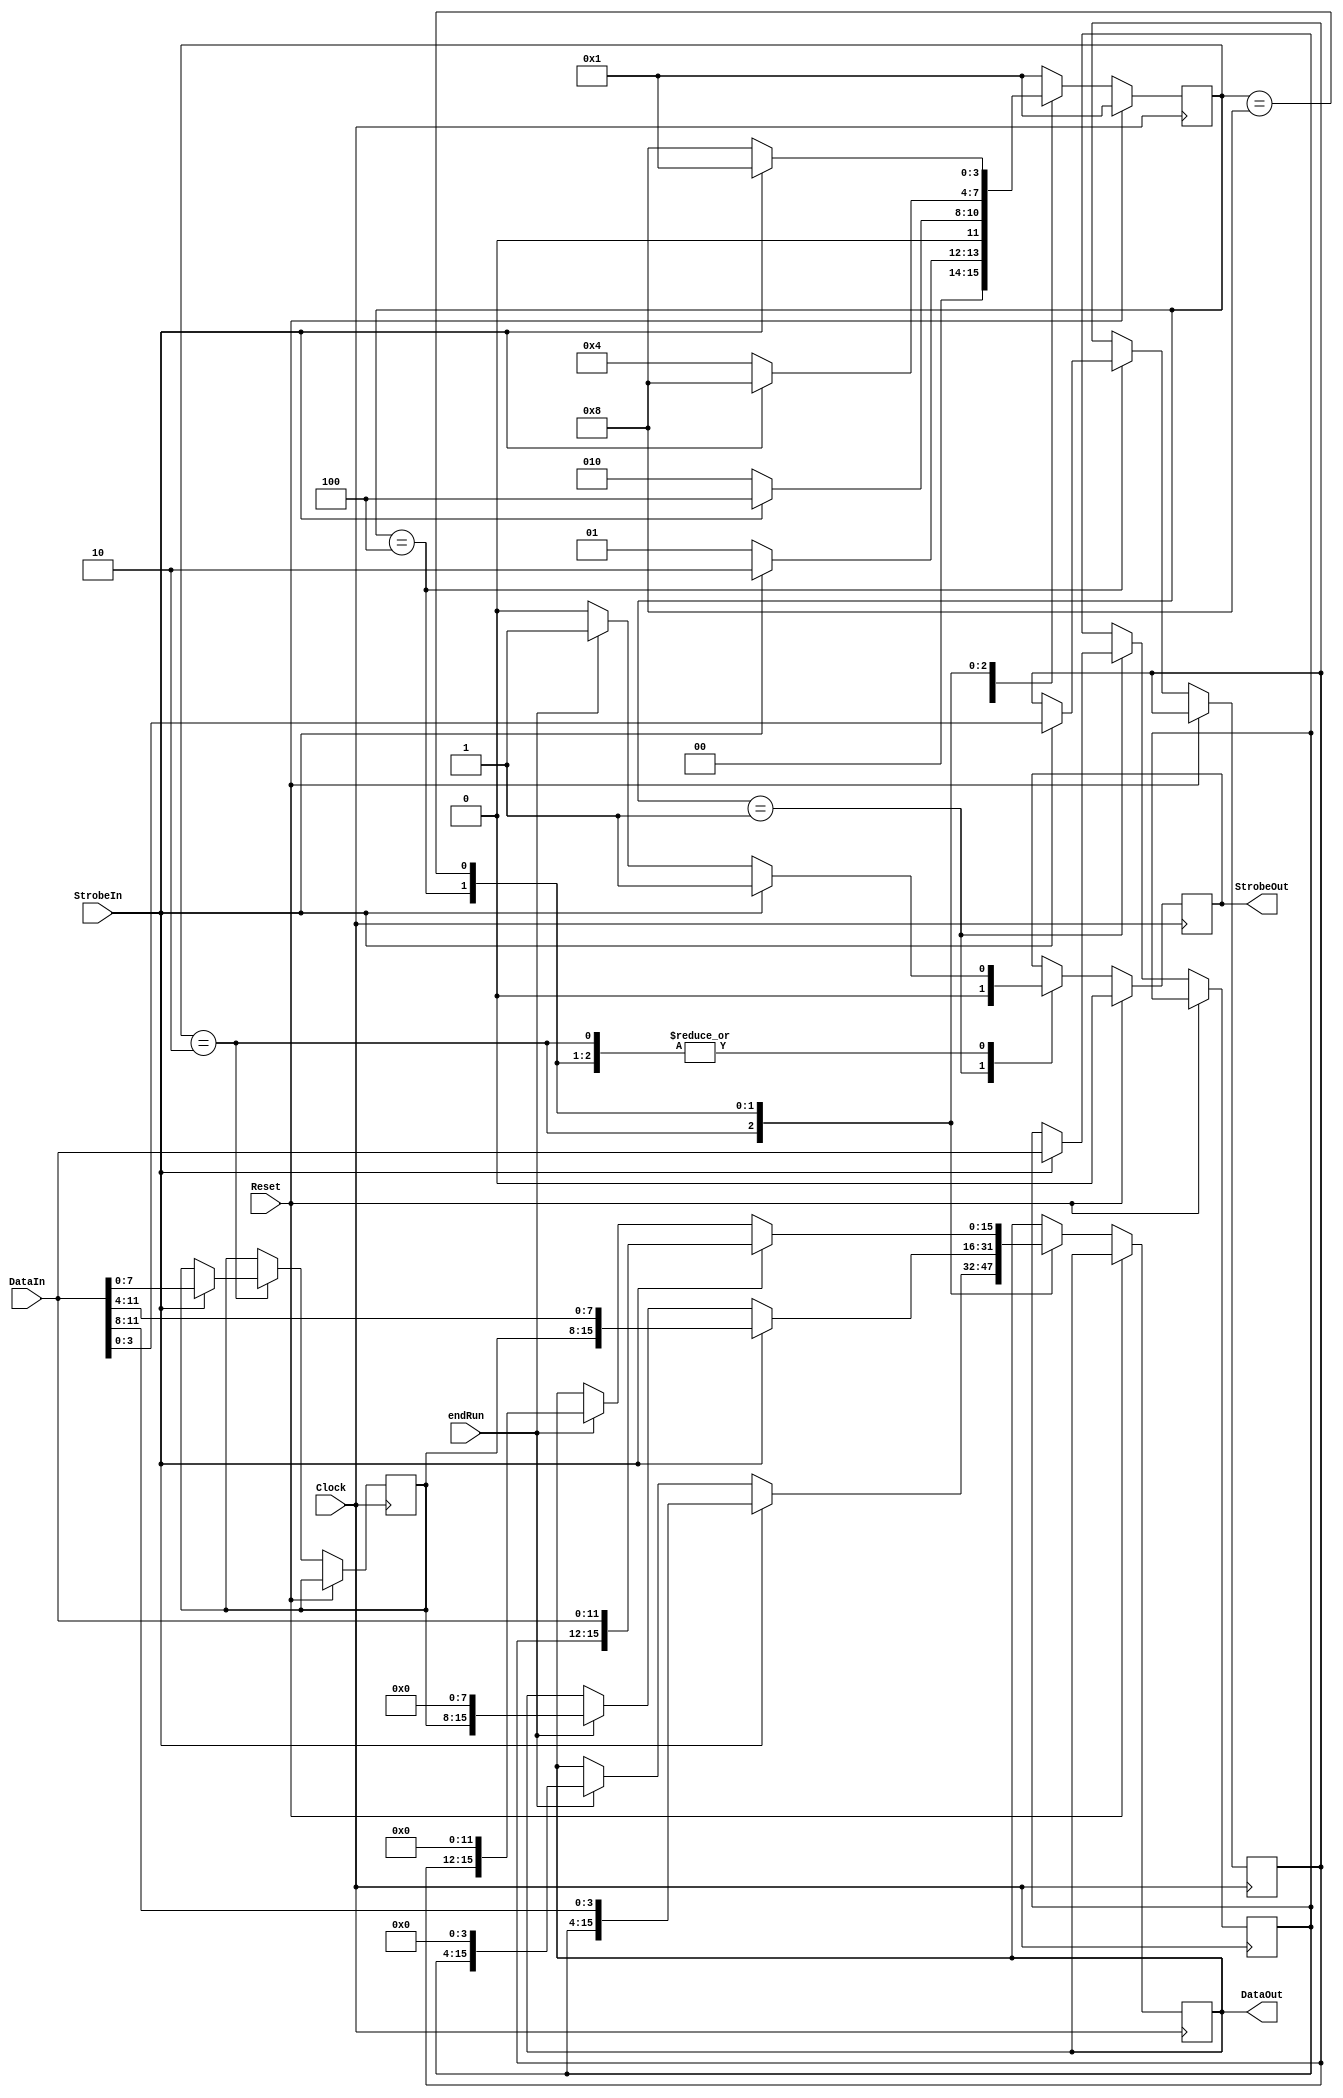
//Changes the data output from 12-bit wide words to 16-bit wide words, to go to
//the Ethernet output interface.
//R. Johnson  July 24, 2013
//July 28, 2013:  flush last word out at end of run
module EtherBuffer(DataOut,StrobeOut,DataIn,StrobeIn,endRun,Clock,Reset);
input Clock;
input Reset;
input endRun;			//1 clock signal that the run is ending
input StrobeIn;			//High each time a valid data word is present at the input
input [11:0] DataIn;	//12-bit input data word
output StrobeOut;		//High each time a valid data word is present at the output
output [15:0] DataOut;	//16-bit output data word

reg [15:0] DataOut;
reg StrobeOut;
reg [11:0] DataSave0;
reg [7:0] DataSave1;
reg [3:0] DataSave2;

//Algorithm is to output 3 words for every 4 that come in:
//read in word 1, no output (12 bits saved)
//read in word 2, output word 1 (8 bits saved)
//read in word 3, output word 2 (4 bits saved)
//read in word 4, output word 3 (0 bits saved)

parameter [3:0] Wrd1=4'b0001;
parameter [3:0] Wrd2=4'b0010;
parameter [3:0] Wrd3=4'b0100;
parameter [3:0] Wrd4=4'b1000;

reg [3:0] State, NextState;

always @ (State or StrobeIn) begin
	case (State)
		Wrd1:	begin
					if (StrobeIn) NextState=Wrd2;
					else NextState=Wrd1;
				end
		Wrd2:	begin
					if (StrobeIn) NextState=Wrd3;
					else NextState=Wrd2;
				end
		Wrd3:	begin
					if (StrobeIn) NextState=Wrd4;
					else NextState=Wrd3;
				end
		Wrd4:	begin
					if (StrobeIn) NextState=Wrd1;
					else NextState=Wrd4;
				end
		default: 	begin
						NextState = Wrd1;
					end
	endcase
end

always @ (posedge Clock) begin
	if (Reset) begin
		State <= Wrd1;
		StrobeOut <= 1'b0;
	end else begin
		State <= NextState;
		case (State)
			Wrd1:	begin
						if (StrobeIn) DataSave0 <= DataIn;
						StrobeOut <= 1'b0;
					end
			Wrd2:	begin
						if (StrobeIn) begin
							StrobeOut <= 1'b1;
							DataOut <= {DataSave0,DataIn[11:8]};
							DataSave1 <= DataIn[7:0];
						end else begin
							if (endRun) begin
								StrobeOut <= 1'b1;
								DataOut <= {DataSave0,4'h0};
							end else StrobeOut <= 1'b0;
						end
					end
			Wrd3:	begin
						if (StrobeIn) begin
							StrobeOut <= 1'b1;
							DataOut <= {DataSave1,DataIn[11:4]};
							DataSave2 <= DataIn[3:0];
						end else begin
							if (endRun) begin
								StrobeOut <= 1'b1;
								DataOut <= {DataSave1,8'h00};
							end else StrobeOut <= 1'b0;
						end
					end
			Wrd4:	begin
						if (StrobeIn) begin
							StrobeOut <= 1'b1;
							DataOut <= {DataSave2,DataIn};
						end else begin
							if (endRun) begin
								StrobeOut <= 1'b1;
								DataOut <= {DataSave2,12'h000};
							end else StrobeOut <= 1'b0;
						end
					end
		endcase
	end
end

endmodule